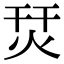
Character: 烎